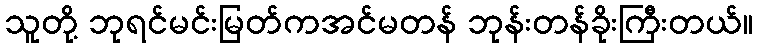
သူတို့ ဘုရင်မင်းမြတ်ကအင်မတန် ဘုန်းတန်ခိုးကြီးတယ်။